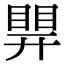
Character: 𥈪